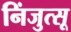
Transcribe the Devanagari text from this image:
निंजुत्सू